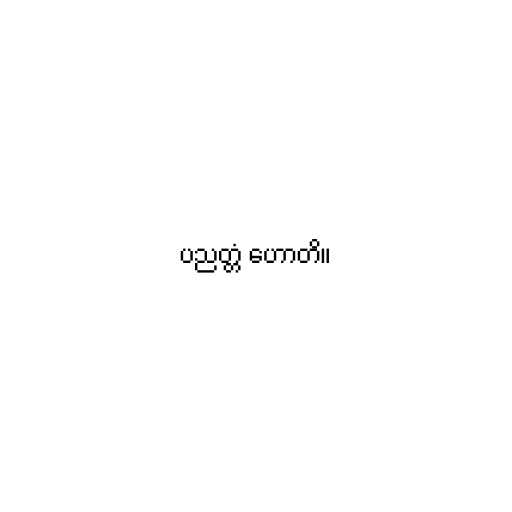
ပညတ္တံ ဟောတိ။